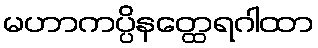
မဟာကပ္ပိနတ္ထေရဂါထာ